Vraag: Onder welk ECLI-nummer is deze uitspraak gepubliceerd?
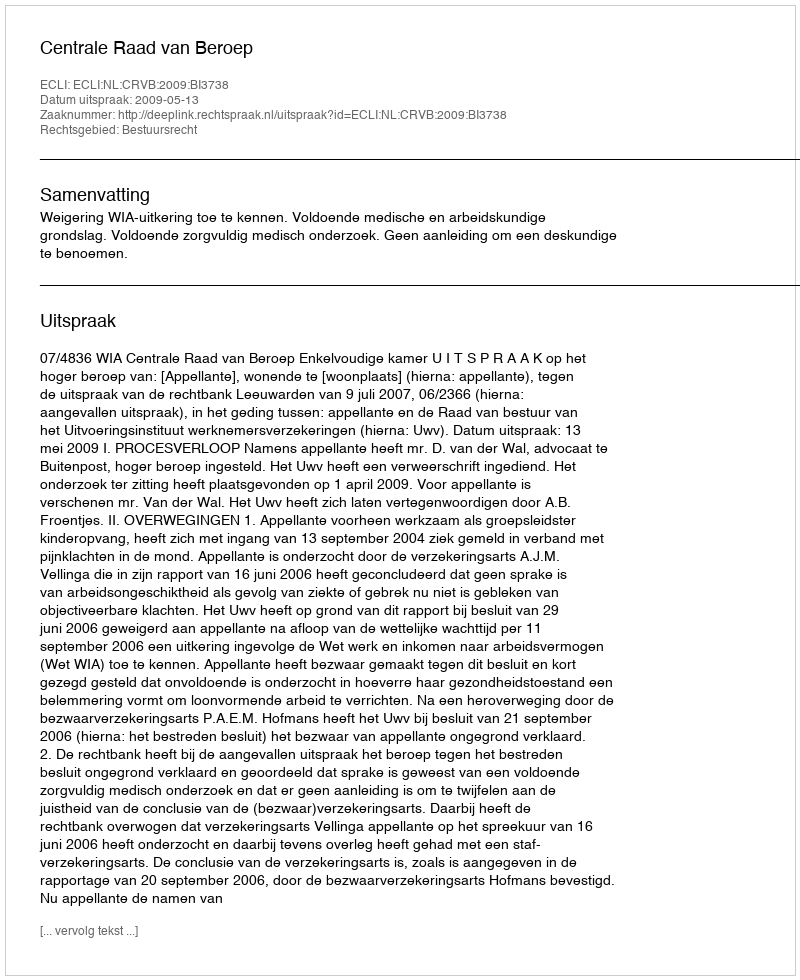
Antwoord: ECLI:NL:CRVB:2009:BI3738